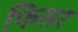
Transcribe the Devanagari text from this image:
फिसर